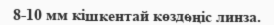
8-10 мм кішкентай көздөңіс линза.